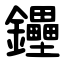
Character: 鑸